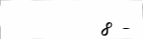
8 -